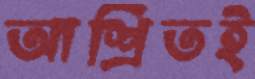
আশ্রিতই